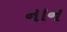
નાન